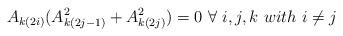
LaTeX: \begin{align*} A_{k(2i)}(A_{k(2j-1)}^2 + A_{k(2j)}^2)=0 \ \forall \ i,j,k \ with \ i \neq j \end{align*}